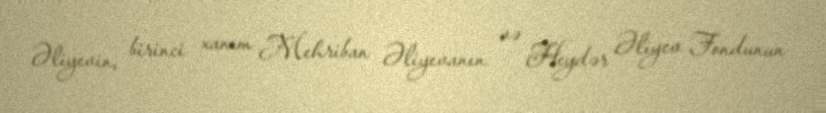
Əliyevin, birinci xanım Mehriban Əliyevanın və Heydər Əliyev Fondunun